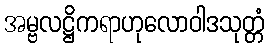
အမ္ဗလဋ္ဌိကရာဟုလောဝါဒသုတ္တံ